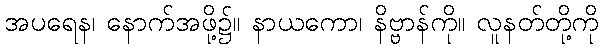
အပရေန၊ နောက်အဖို့၌။ နာယကော၊ နိဗ္ဗာန်ကို။ လူနတ်တို့ကို